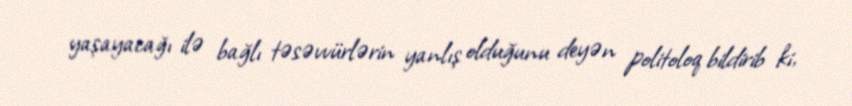
yaşayacağı ilə bağlı təsəvvürlərin yanlış olduğunu deyən politoloq bildirib ki,